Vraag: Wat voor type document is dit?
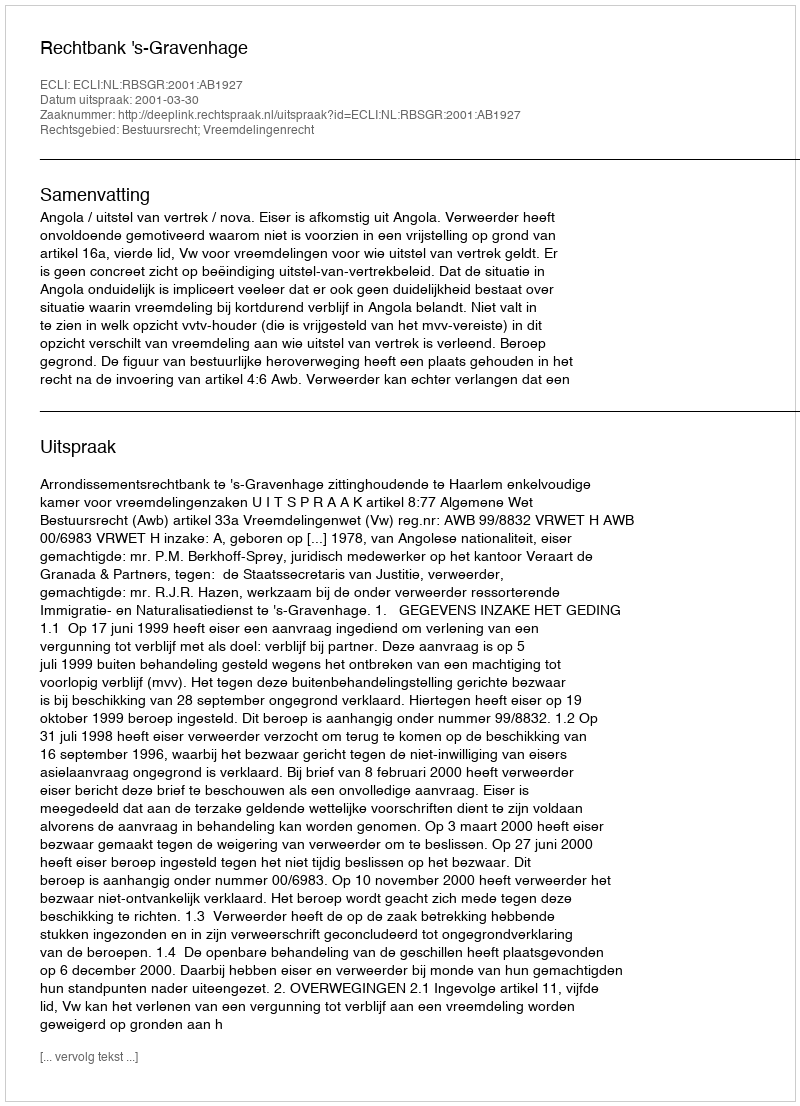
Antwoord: Uitspraak